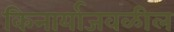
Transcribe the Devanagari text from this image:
किनार्याजवळील